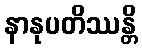
နာနုပတိဿန္တိ